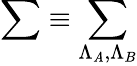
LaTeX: \sum\equiv\sum_{\Lambda_{\mathit{A}},\Lambda_{B}}